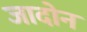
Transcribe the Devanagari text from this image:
जादोन